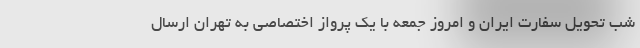
شب تحویل سفارت ایران و امروز جمعه با یک پرواز اختصاصی به تهران ارسال